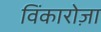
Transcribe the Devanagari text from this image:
विंकारोज़ा